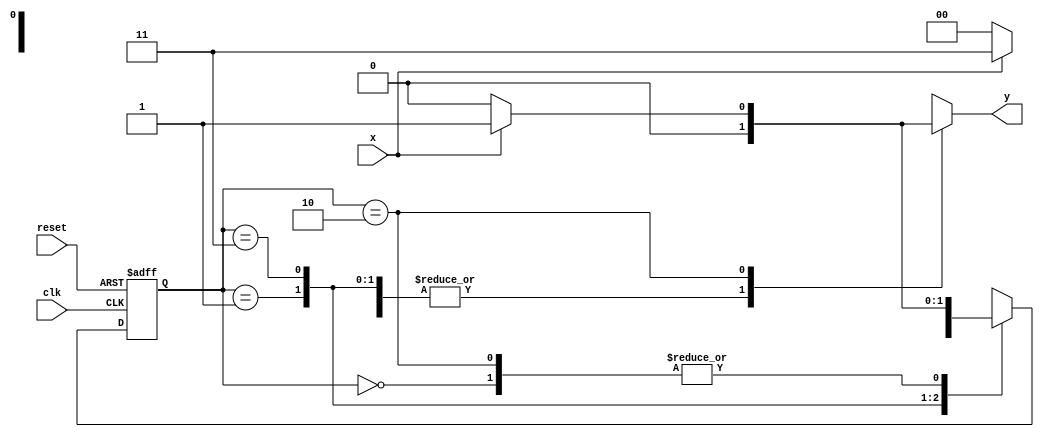
//-------------------------------------
//---- Mealy FSM
//Nome: Guilherme Diniz de Assumpcao
//Matrcula: 462269
//-------------------------------------

/*

						Mealy FSM Diagram
					 _______________________
					/								\
			1		v		1				0	   1| //found
[start] ---> [id1] ---> [id11] ---> [id110]
  ^ \0			0|			 1/  ^			0| //not found
  \_/				 /			  \__/			 |
   \___________/								 /
	 \												/
	  \________________________________/
*/

//constant definitions
`define found 1
`define notfound 0

// FSM by Mealy
module mealy1101(y,x,clk,reset);
output y;
input x;
input clk;
input reset;

reg y;

parameter	//state identifiers
	start = 2'b00,
	id1 = 2'b01,
	id11 = 2'b11,
	id110 = 2'b10;

reg[1:0]E1; //current state variabels
reg[1:0]E2; //next state logic output

//next state logic
always @(x or E1)
	begin
		y = `notfound;
		case(E1)
			start:
				if(x)
					E2 = id1;
				else
					E2 = start;
			id1:
				if(x)
					E2 = id11;
				else
					E2 = start;
			id11:
				if(x)
					E2 = id11;
				else
					E2 = id110;
			id110:
				if(x)
					begin
						E2 = id1;
						y = `found;
					end
				else
					begin
						E2 = start;
						y = `notfound;
					end
			default: //undfined state
				E2 = 2'bxx;
		endcase
	end //always at signal or state changing
	
//state variables
	always @ ( posedge clk or negedge reset)
		begin
			if(reset)
				E1 = E2; //updates current state
			else
				E1 = 0; //reset
		end //always at signal changing

endmodule //mealy1101